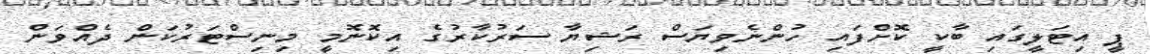
ޕީ އިޓަލީގައި ބާކީ ކޮށްފައި ހުންނެވިޔަސް ރަޝިޔާ ސަރުކާރުގެ އިކޮނޮމީ މިނިސްޓަރުކަން ދެއްވަން